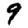
Digit: 9